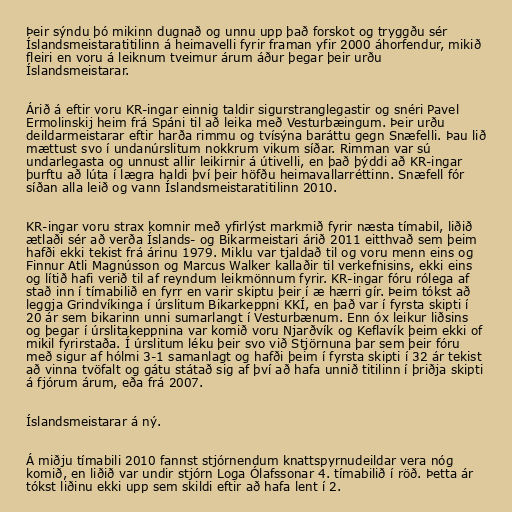
Þeir sýndu þó mikinn dugnað og unnu upp það forskot og tryggðu sér
Íslandsmeistaratitilinn á heimavelli fyrir framan yfir 2000 áhorfendur, mikið
fleiri en voru á leiknum tveimur árum áður þegar þeir urðu
Íslandsmeistarar.

Árið á eftir voru KR-ingar einnig taldir sigurstranglegastir og snéri Pavel
Ermolinskij heim frá Spáni til að leika með Vesturbæingum. Þeir urðu
deildarmeistarar eftir harða rimmu og tvísýna baráttu gegn Snæfelli. Þau lið
mættust svo í undanúrslitum nokkrum vikum síðar. Rimman var sú
undarlegasta og unnust allir leikirnir á útivelli, en það þýddi að KR-ingar
þurftu að lúta í lægra haldi því þeir höfðu heimavallarréttinn. Snæfell fór
síðan alla leið og vann Íslandsmeistaratitilinn 2010.

KR-ingar voru strax komnir með yfirlýst markmið fyrir næsta tímabil, liðið
ætlaði sér að verða Íslands- og Bikarmeistari árið 2011 eitthvað sem þeim
hafði ekki tekist frá árinu 1979. Miklu var tjaldað til og voru menn eins og
Finnur Atli Magnússon og Marcus Walker kallaðir til verkefnisins, ekki eins
og lítið hafi verið til af reyndum leikmönnum fyrir. KR-ingar fóru rólega af
stað inn í tímabilið en fyrr en varir skiptu þeir í æ hærri gír. Þeim tókst að
leggja Grindvíkinga í úrslitum Bikarkeppni KKÍ, en það var í fyrsta skipti í
20 ár sem bikarinn unni sumarlangt í Vesturbænum. Enn óx leikur liðsins
og þegar í úrslitakeppnina var komið voru Njarðvík og Keflavík þeim ekki of
mikil fyrirstaða. Í úrslitum léku þeir svo við Stjörnuna þar sem þeir fóru
með sigur af hólmi 3-1 samanlagt og hafði þeim í fyrsta skipti í 32 ár tekist
að vinna tvöfalt og gátu státað sig af því að hafa unnið titilinn í þriðja skipti
á fjórum árum, eða frá 2007.

Íslandsmeistarar á ný.

Á miðju tímabili 2010 fannst stjórnendum knattspyrnudeildar vera nóg
komið, en liðið var undir stjórn Loga Ólafssonar 4. tímabilið í röð. Þetta ár
tókst liðinu ekki upp sem skildi eftir að hafa lent í 2.